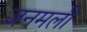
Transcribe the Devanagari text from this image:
जनमली